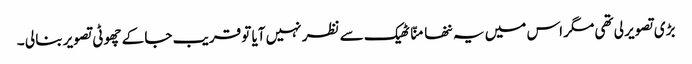
بڑی تصویر لی تھی مگر اس میں یہ ننھا منّا ٹھیک سے نظر نہیں آیا تو قریب جا کے چھوٹی تصویر بنا لی ۔